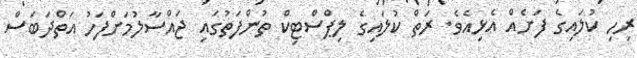
ރިހި ކުލައިގެ ފަށެއް އެޅިއެވެ. ރަތް ކުލައިގެ ލިޕްސްޓިކް ތުންފަތުގައި ޖައްސާލުމަށްފަހު އަތްދަބަސް